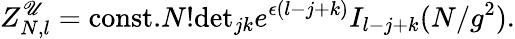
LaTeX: Z_{N,l}^{\mathscr{U}}=\mathrm{{const.}}N!\mathrm{{det}}_{jk}e^{\epsilon(l-j+k)}I_{l-j+k}(N/g^{2}).